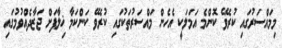
މިމައްސަރުގައި ކުރެވޭ ކޮންމެ އަމަލަކީ އެހެން މައްސަރުތަކުގައި ކުރެވޭ ކަންކަމާ ޚިލާފަށް ޖަޒާދެއްވުމުގައި